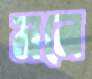
মনে